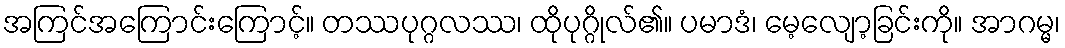
အကြင်အကြောင်းကြောင့်။ တဿပုဂ္ဂလဿ၊ ထိုပုဂ္ဂိုလ်၏။ ပမာဒံ၊ မေ့လျော့ခြင်းကို။ အာဂမ္မ၊